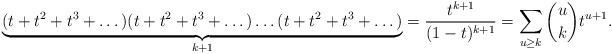
LaTeX: \begin{align*}\underbrace{(t+t^{2}+t^{3}+\dots)(t+t^{2}+t^{3}+\dots)\dots (t+t^{2}+t^{3}+\dots)}_{k+1}=\frac{t^{k+1}}{(1-t)^{k+1}}=\sum_{u\ge k}{u \choose k }t^{u+1}.\end{align*}